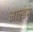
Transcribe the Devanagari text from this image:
आल्डेन